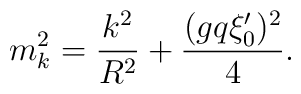
m^2_k = {k^2 \over R^2} + {(gq\xi'_0)^2 \over 4}.